Report on sanitation, dispensaries, and jails in Rajputana for 1921, and on vaccination for the year 1921-1922 - 1921-1922
Year: 1921
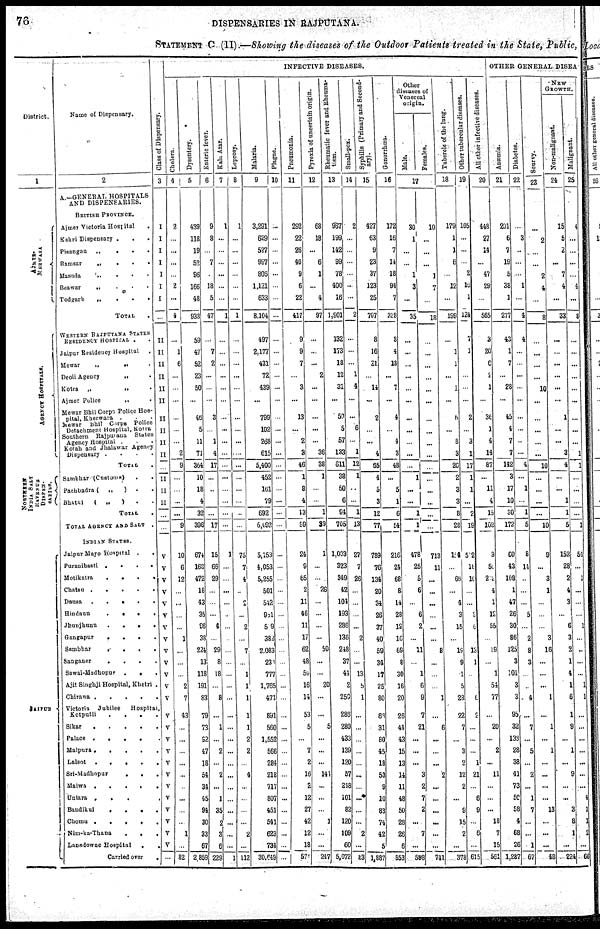
76
DISPENSARIES IN RAJPUTANA.
STATEMENT C (II)—Showing the disease of the Outdoor Patients treated in the State, Public,
District.
1
AJMER¬
MERWARA.
AGENCY HOSPITALS.
NORTHERN
INDIA SALT
REVENUE
DISPEN¬
SARIES.
JAIPUR
Name of Dispensary.
2
A.—GENERAL HOSPITALS
AND DISPENSARIES.
BRITISH PROVINCE.
Ajmer Victoria Hospital .
Kekri Dispensary ...
Pisangan
„
...
Ramsar
„
...
Masuda
„
...
Beawar „ ...
Todgarh
„ ...
TOTAL.
WESTERN RAJPUTAND STATES
RESIDENCY
HOSPITAL..
Jaipur Residency Hospitals.
Mewar
„
„
.
Deoli Agency
„
.
Kotra
„
„
.
Ajmer Police
„
.
Mewar Bhil Corps Police Hos-
pital, Kherwara . . . . .
Mewar Bhil Corps Police
Detachment Hospital, Kotra
Southern Rajputana
States
Agency Hospital ...
Kotah and Jhalawar Agency
Dispensary
.
.
.
.
TOTAL.
Sambhar (Customs) ..
Pachbadra (
„
) ..
Bhatki
(
„
)
..
TOTAL.
TOTAL AGENCY AND SALT
.
INDIAN SATES..
Jaipur Mayo Hospital
. .
Puranibasti
.
.
.
.
Motikatra
.
.
.
.
Chatsu
.....
Dausa.....
Hindaun
....
Jhunjhanu
....
Gangapur
....
Sambhar
....
Sanganar
.
.
.
.
Sawai-Madhopur
...
Ajit Singhji Hospital, Khetri .
Chirawa .
.
.
.
.
Victoria
Jubilee
Hospital,
Kotputli
.
.
.
.
Sikar
.
.
.
.
.
Palace .....
Malpura .
.
.
.
.
Lalsot
.
.
.
.
.
Sri-Madhopur
.
.
.
Malwa
.
.
.
.
.
Uniara
.....
Bandikul
.
.
.
.
Chomu .
.
.
.
.
Nim-ka-Thana
...
Laosdowne Hospital
..
Carried over
.
Class of Dispensary.
3
I
I
I
I
I
I
I
...
II
II
II
II
II
II
II
II
II
II
...
II
II
II
...
...
V
V
V
V
V
V
V
V
V
V
V
V
V
V
V
V
V
V
V
V
V
V
V
V
V
...
INFECTIVE DISEASES.
Cholera.
4
2
...
...
...
...
2
...
4
...
1
6
...
...
...
...
...
...
2
9
...
...
...
...
9
10
6
12
...
...
...
...
1
...
...
...
2
7
43
...
...
...
...
...
...
...
...
...
1
...
82
Dysentery.
5
439
118
19
52
96
166
48
938
59
47
52
23
50
...
46
5
11
71
364
10
18
4
32
396
674
168
472
18
43
35
96
38
224
13
118
191
83
79
73
92
47
18
54
34
45
94
30
33
67
2,859
Enteric fever.
6
9
8
...
7
...
18
5
47
...
7
2
...
...
...
3
...
1
4
17
...
...
...
...
17
15
66
29
...
...
...
4
...
29
8
18
...
8
...
1
...
2
...
2
...
1
35
2
3
6
229
Kala Azar.
7
1
...
...
...
...
...
...
1
...
...
...
...
...
...
...
...
...
...
...
...
...
...
...
...
1
...
...
...
...
...
...
...
...
...
...
...
...
...
...
...
...
...
...
...
...
...
...
...
...
1
Leprosy.
8
1
...
...
...
...
...
...
1
...
...
...
...
...
...
...
...
...
...
...
...
...
...
...
...
75
7
4
...
2
...
2
...
7
...
1
1
1
1
1
2
2
...
4
...
...
...
...
2
...
112
Malaria.
9
3,291
629
527
997
806
1,121
633
8,104
497
2,177
431
72
439
...
799
102
268
615
5,400
452
161
79
692
6,092
5,153
4,053
5,255
501
542
951
509
382
2,083
231
777
1,765
471
891
560
1,552
566
284
218
717
807
451
541
623
734
30,649
Plague.
10
...
...
...
...
...
...
...
...
...
...
...
...
...
...
...
...
...
...
...
...
...
...
...
...
...
...
...
...
...
...
...
...
...
...
...
...
...
...
...
...
...
...
...
...
...
...
...
...
...
...
Pneumonia.
11
292
22
26
40
9
6
22
417
9
9
7
...
3
...
13
...
2
3
46
1
8
4
13
59
24
9
65
2
11
46
11
17
62
48
50
16
14
53
5
...
7
2
16
2
12
27
42
12
18
571
Pyrexia of uncertain origin.
12
68
18
...
6
1
...
4
97
...
...
...
2
...
...
...
...
...
36
38
1
...
...
1
39
1
...
...
26
...
...
...
...
50
...
...
20
...
...
5
...
...
...
144
...
...
...
1
...
...
247
Rheumatic
fever and Rheuma¬
tism.
13
967
199
142
99
78
400
16
1,901
132
173
18
12
31
...
50
5
57
133
611
38
50
6
94
705
1,003
323
349
42
104
193
286
136
248
37
44
2
250
286
280
433
139
120
57
248
101
82
120
109
60
5,072
Small-pox.
14
2
...
...
...
...
...
...
2
...
...
...
1
4
...
...
6
...
1
12
1
...
...
1
13
27
7
26
...
...
...
...
2
...
...
13
5
1
...
...
...
...
...
...
...
...
...
...
2
...
83
Syphilis (Primary and Second-
ary).
15
427
63
9
23
37
123
25
707
8
16
21
...
14
...
2
...
...
4
65
4
5
3
12
77
789
76
134
20
34
26
37
40
59
34
17
25
80
66
31
80
45
18
53
9
10
83
74
42
5
1,887
Gonorrhœa.
16
172
16
7
14
18
94
7
328
8
4
18
...
7
...
4
...
4
3
48
...
5
1
6
54
216
24
68
8
14
28
12
16
69
8
30
16
20
26
44
43
15
13
14
11
48
50
28
26
6
853
Other
diseases of
Venereal
origin.
Male.
Females.
17
30
1
...
...
1
3
...
35
...
...
...
...
...
...
...
...
...
...
...
1
...
...
1
1
478
25
5
6
...
6
2
...
11
...
1
6
9
7
21
...
...
...
3
2
7
2
...
7
...
598
10
...
...
...
1
7
...
18
...
...
...
...
...
...
...
...
...
...
...
...
...
...
...
...
713
11
...
...
...
...
...
...
8
...
...
...
1
...
6
...
...
...
2
...
...
...
...
...
...
741
Tubercle of the lung.
18
179
1
1
6
...
12
...
199
...
1
1
...
1
...
6
...
8
3
20
2
3
3
8
28
l14
...
66
...
4
3
15
...
19
9
1
5
28
22
1
...
3
2
12
2
...
9
15
2
...
378
Other tubercular diseases.
19
105
...
...
...
2
16
1
124
7
1
...
...
...
...
2
...
3
1
17
1
1
...
2
19
502
l8
10
...
...
3
6
...
13
1
...
...
6
2
...
...
...
1
21
...
6
9
...
6
...
615
All other infective diseases.
20
448
27
14
...
47
29
...
565
3
20
8
2
1
...
36
1
4
14
87
...
11
4
15
102
3
59
212
4
1
12
55
...
19
...
1
54
77
...
20
...
2
...
11
...
...
...
18
7
15
561
OTHER GENERAL DISEA
Anæmia.
21
201
6
7
19
5
38
1
277
43
1
7
...
28
...
45
4
7
7
142
3
17
10
30
172
60
43
108
1
47
26
30
86
125
3
101
3
3
95
32
138
28
38
41
73
50
58
4
68
26
1,287
Diabetes.
22
...
3
...
...
...
1
...
4
4
...
...
...
...
...
...
...
...
...
4
...
1
...
1
5
8
14
...
...
...
5
...
2
8
3
...
...
4
...
7
...
5
...
2
...
1
7
...
...
1
67
Scurvy.
23
...
2
...
...
2
4
...
8
...
...
...
...
10
...
...
...
...
...
10
...
...
...
...
10
9
...
3
1
...
...
...
3
16
...
...
...
1
...
1
...
1
...
...
...
...
13
...
...
...
48
NEW
GROWTH.
Non-malignant.
24
15
5
2
...
7
4
...
33
...
...
...
...
...
...
1
...
...
3
4
...
...
1
1
5
152
28
2
4
3
...
6
3
2
1
4
1
6
1
9
...
1
...
9
...
...
3
8
1
...
224
Malignant.
25
4
...
...
...
...
4
...
8
...
...
...
...
...
...
...
...
...
1
1
...
...
...
...
1
54
...
1
...
...
...
1
...
...
...
...
1
1
...
...
...
...
...
...
...
4
1
1
2
...
66